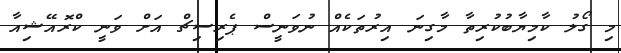
މި ގޯލު ކާމިޔާބުކުރިތާ މާގިނަ އިރުތަކެއް ނުވަނީސް ޕެރިސިޗް އަށް ވަނީ ކްރޮއޭޝިއާ